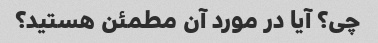
چی؟ آیا در مورد آن مطمئن هستید؟